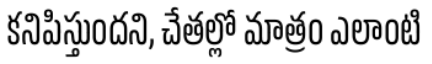
కనిపిస్తుందని, చేతల్లో మాత్రం ఎలాంటి